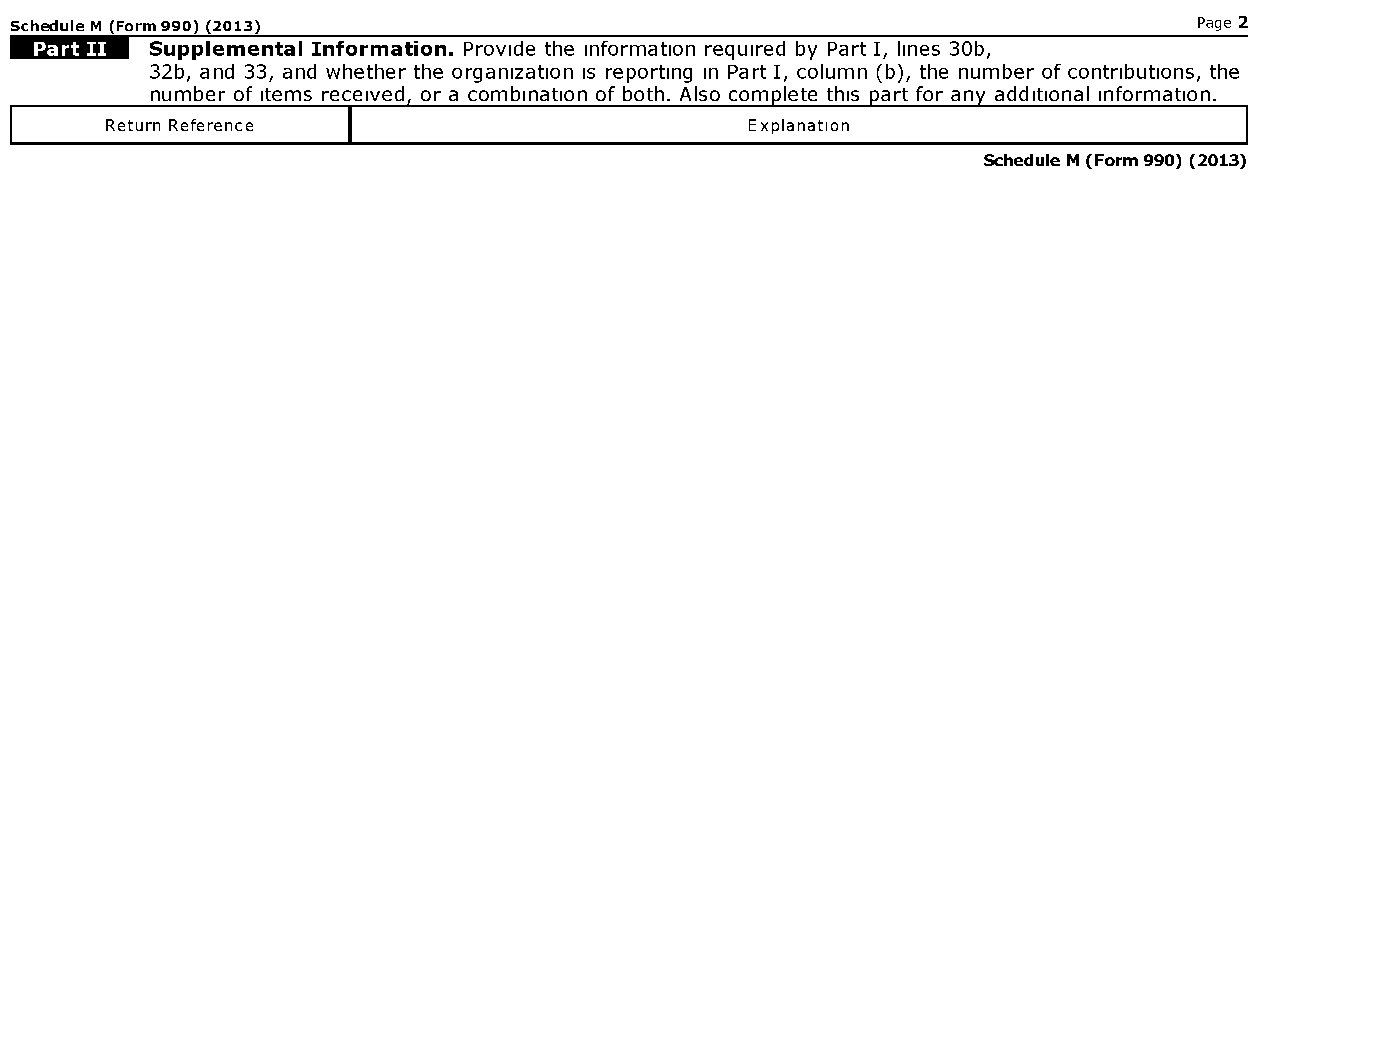
Schedule M (Form990) (2013)                                                   Page 2
 Supplemental Information. Provide the information required by Part I, lines 30b,
 32b, and 33, and whether the organization is reporting in Part I, column (b), the number of contributions, the
 number of items received, or a combination of both. Also complete this part for any additional information.
 Return Reference                           Explanation
 Schedule M (Form 990) (2013)